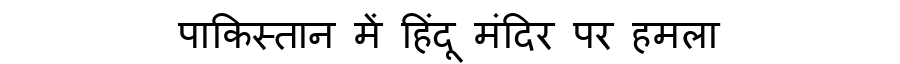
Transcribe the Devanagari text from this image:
पाकिस्तान में हिंदू मंदिर पर हमला